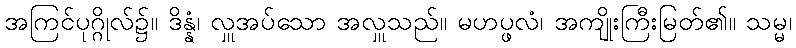
အကြင်ပုဂ္ဂိုလ်၌။ ဒိန္နံ၊ လှူအပ်သော အလှူသည်။ မဟပ္ဖလံ၊ အကျိုးကြီးမြတ်၏။ သမ္မ၊